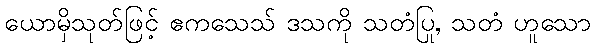
ယောမှိသုတ်ဖြင့် ဧကသေသ် ဒသကို သတံပြု, သတံ ဟူသော